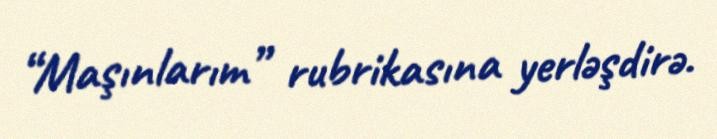
“Maşınlarım” rubrikasına yerləşdirə.